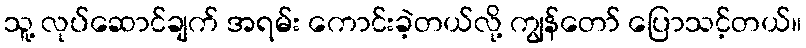
သူ့ လုပ်ဆောင်ချက် အရမ်း ကောင်းခဲ့တယ်လို့ ကျွန်တော် ပြောသင့်တယ်။